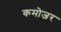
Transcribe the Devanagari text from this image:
कमोजर